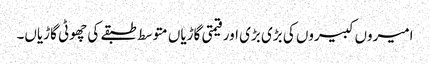
امیروں کبیروں کی بڑی بڑی اور قیمتی گاڑیاں متوسط طبقے کی چھوٹی گاڑیاں۔